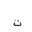
Letter: _ta